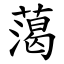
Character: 䔽